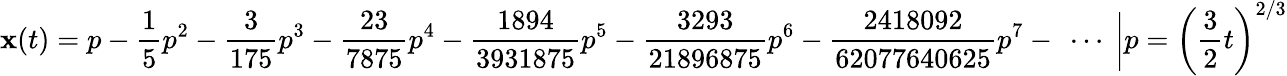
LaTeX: \mathbf{x}(t)=p-{\frac{{1}}{{5}}}p^{2}-{\frac{{3}}{{175}}}p^{3}-{\frac{{23}}{{7875}}}p^{4}-{\frac{{1894}}{{3931875}}}p^{5}-{\frac{{3293}}{{21896875}}}p^{6}-{\frac{{2418092}}{{62077640625}}}p^{7}-\ \cdots\ {\bigg|}{p=\left({\frac{{3}}{{2}}}t\right)^{2/3}}